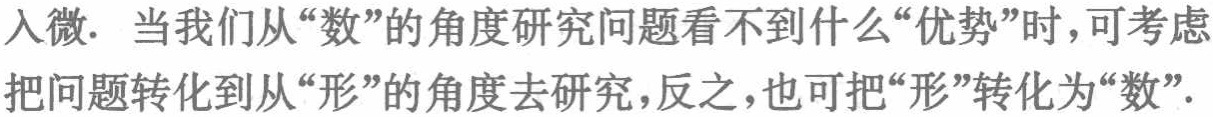
入微. 当我们从“数”的角度研究问题看不到什么“优势”时，可考虑把问题转化到从“形”的角度去研究，反之，也可把“形”转化为“数”.